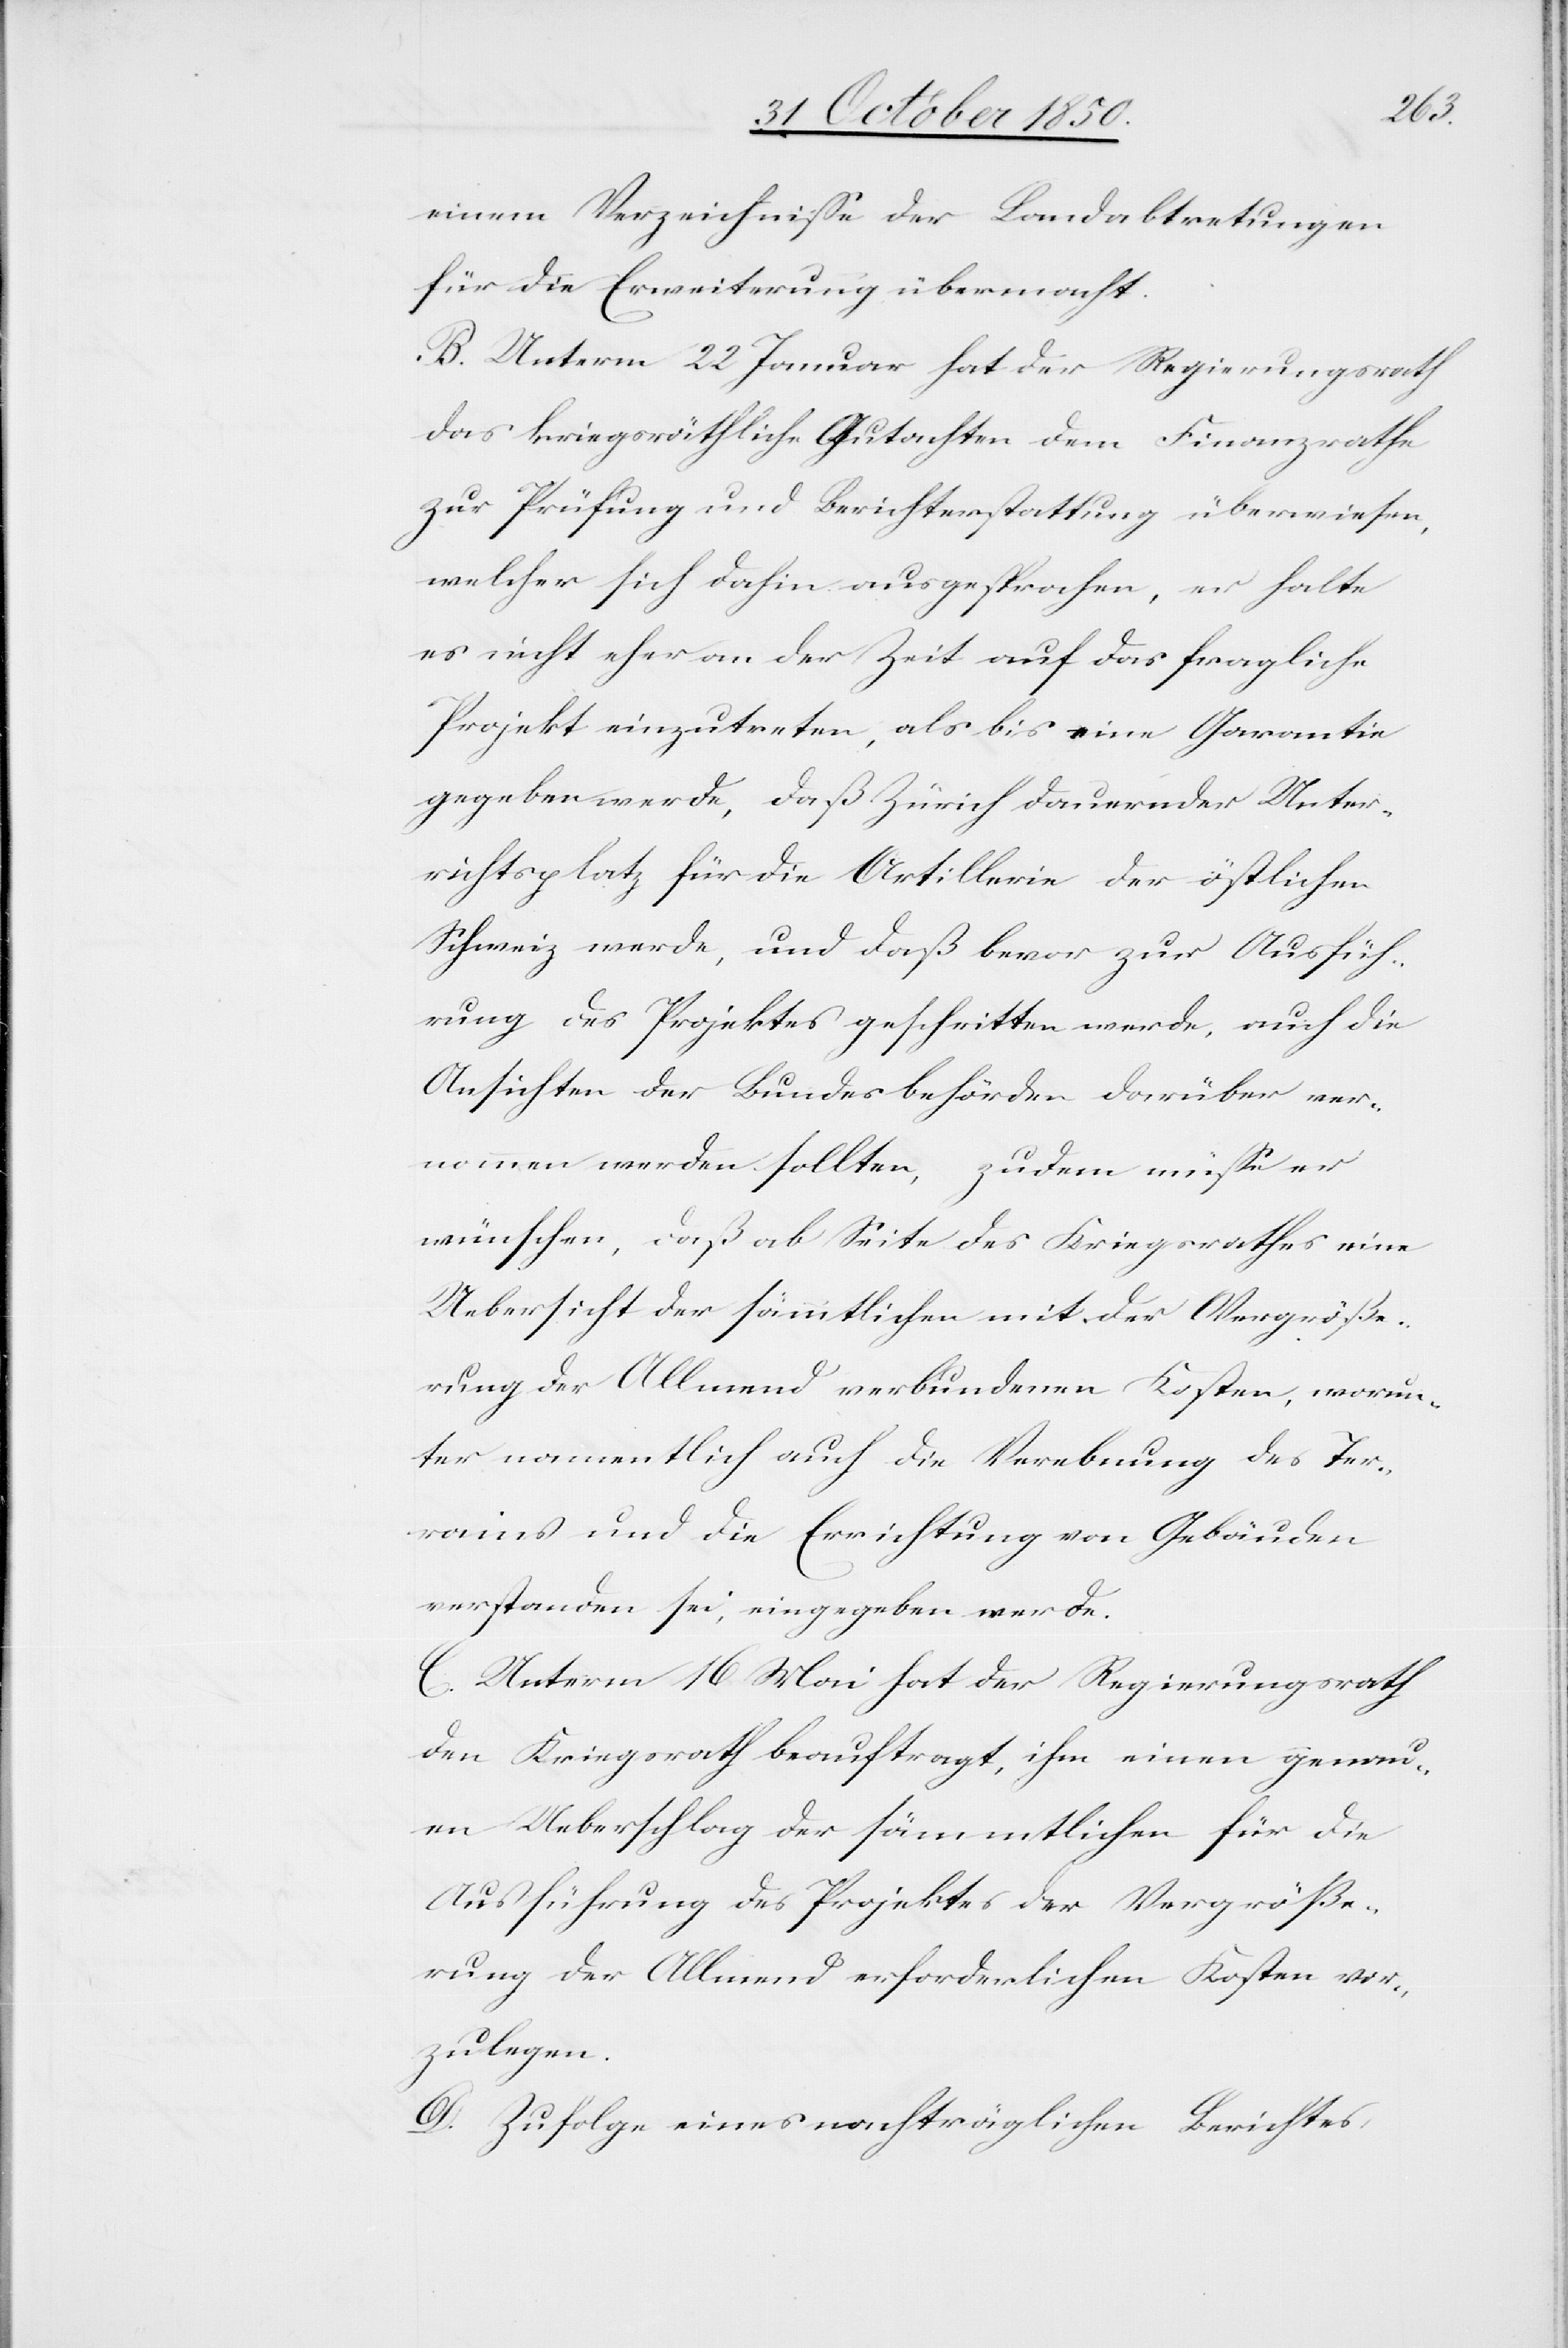
einem Verzeichnisse der Landabtretungen
für die Erweiterung übermacht.
B. Unterm 22 Januar hat der Regierungsrath
das kriegsräthliche Gutachten dem Finanzrathe
zur Prüfung und Berichterstattung überwiesen,
welcher sich dahin ausgesprochen, er halte
es nicht eher an der Zeit auf das fragliche
Projekt einzutreten, als bis eine Garantie
gegeben werde, daß Zürich dauernder Unter¬
richtsplatz für die Artillerie der östlichen
Schweiz werde, und daß bevor zur Ausfüh¬
rung des Projektes geschritten werde, auch die
Ansichten der Bundesbehörden darüber ver¬
nommen werden sollten, zudem müsse er
wünschen, daß ab Seite des Kriegsrathes eine
Uebersicht der sämmtlichen mit der Vergröße¬
rung der Allmend verbundenen Kosten, worun¬
ter namentlich auch die Verebnung des Ter¬
rains und die Errichtung von Gebäuden
verstanden sei, eingegeben werde.
C. Unterm 16 Mai hat der Regierungsrath
den Kriegsrath beauftragt, ihm einen genau¬
en Ueberschlag der sämmtlichen für die
Ausführung des Projektes der Vergröße¬
rung der Allmend erforderlichen Kosten vor¬
zulegen.
D. Zufolge eines nachträglichen Berichtes,